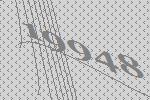
19948